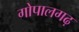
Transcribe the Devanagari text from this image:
गोपालगढ़